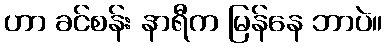
ဟာ ခင်စန်း နာရီက မြန်နေ ဘာပဲ။